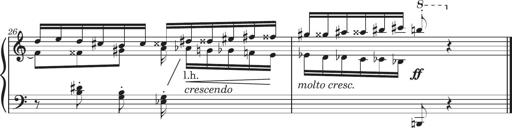
Title: Sonatine in 3 SÃ¤tzen
Composer: Gertrud Schweizer